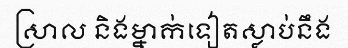
ស្រាល និងម្នាក់ទៀតស្លាប់នឹង